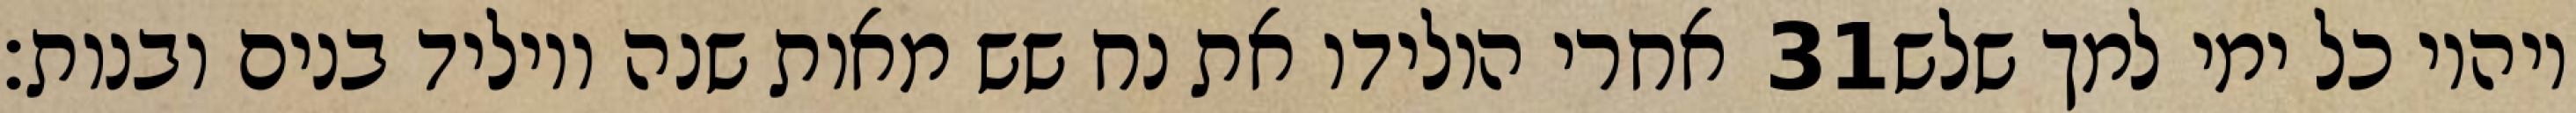
אחרי הולידו את נח שש מאות שנה ויוליד בנים ובנות׃ ‎31‏ ויהיו כל ימי למך שלש